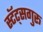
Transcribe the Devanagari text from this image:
स्टॅट्सगुरू